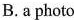
B.a photo